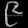
Digit: ၉